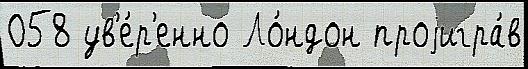
058 ув'е́р'енно Ло́ндон проjигра́в